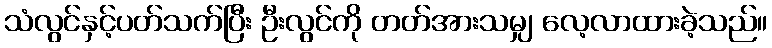
သံလွင်နှင့်ပတ်သက်ပြီး ဦးလွင်ကို တတ်အားသမျှ လေ့လာထားခဲ့သည်။